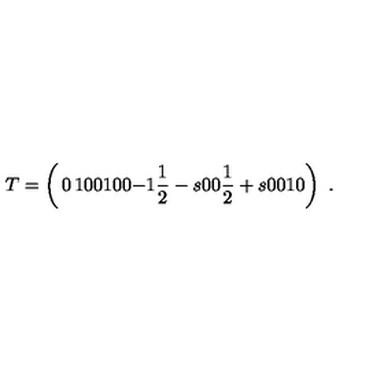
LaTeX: T = \left( \begin{matrix} { 0 } & { 1 } & { 0 } & { 0 } \\ { 1 } & { 0 } & { 0 } & { - 1 } \\ { \frac { 1 } { 2 } - s } & { 0 } & { 0 } & { \frac { 1 } { 2 } + s } \\ { 0 } & { 0 } & { 1 } & { 0 } \\ \end{matrix} \right) \ .